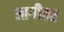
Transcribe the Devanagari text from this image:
आगीतत